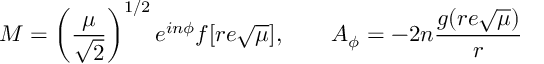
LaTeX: M = \left( \frac { \mu } { \sqrt { 2 } } \right) ^ { 1 / 2 } e ^ { i n \phi } f [ r e \sqrt { \mu } ] , \qquad A _ { \phi } = - 2 n \frac { g ( r e \sqrt { \mu } ) } { r }